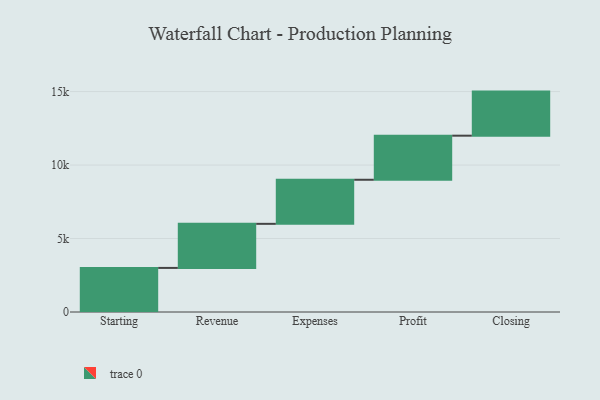
{"axis": {"x": "Step", "y": "Value"}, "legend": [""], "data": [{"x": "Starting", "y": 3000, "type": ""}, {"x": "Revenue", "y": 3000, "type": ""}, {"x": "Expenses", "y": 3000, "type": ""}, {"x": "Profit", "y": 3000, "type": ""}, {"x": "Closing", "y": 3000, "type": ""}]}